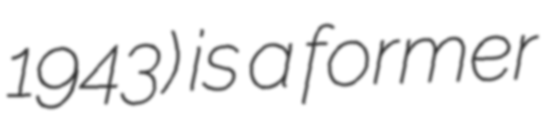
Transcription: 1943) is a former